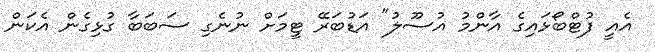
އެއީ ފުޓްބޯޅައިގެ އާންމު އުސޫލު" އަޑުބަރޭ ޓީމަށް ނުނެގި ސަބަބާ ގުޅިގެން އެކަން